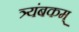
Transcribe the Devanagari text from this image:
त्र्यंबकम्